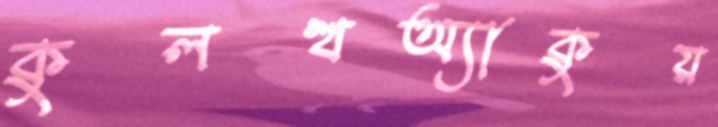
কুলত্থঅ্যাকুয়